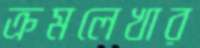
ক্রমলেখার